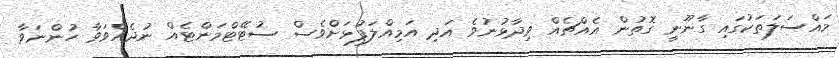
މައްސަލަތަކުގައި ގާނޫނީ ގޮތުން އެެއްޗެއް ވިދާޅުނުވެ އަދި އަމިއްލަފުޅަށްވެސް ސުޓޭޓްމަންޓެއް ނުދެއްވަވާ ހުންނަވާ